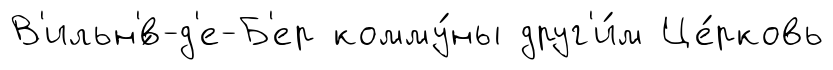
В'ильн'́в-д'е-Б'ер комму́ны друг'и́м Це́рковь